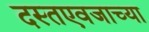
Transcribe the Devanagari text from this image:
दस्तएवजाच्या